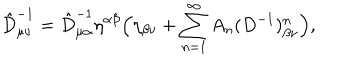
\hat { D } _ { \mu \nu } ^ { - 1 } = \hat { D } _ { \mu \alpha } ^ { - 1 } \eta ^ { \alpha \beta } \Bigl ( \eta _ { \beta \nu } + \sum _ { n = 1 } ^ { \infty } A _ { n } ( D ^ { - 1 } ) _ { \beta \nu } ^ { n } \Bigr ) ,